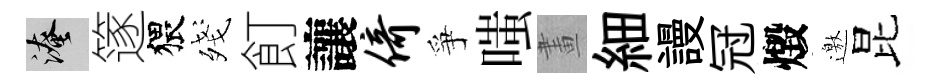
淹篴猥殘飣讓倚爭嗤畫細謾冠燬邀昆